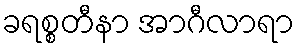
ခရစ္စတီနာ အာဂီလာရာ